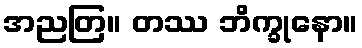
အညတြ။ တဿ ဘိက္ခုနော။